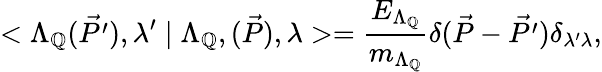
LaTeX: <\Lambda_{\mathbb{Q}}(\vec{{P^{\prime}}}),{\lambda}^{\prime}\mid\Lambda_{\mathbb{Q}},(\vec{{P}}),{\lambda}>=\frac{{E_{\Lambda_{\mathbb{Q}}}}}{{m_{\Lambda_{\mathbb{Q}}}}}\delta(\vec{{P}}-\vec{{P^{\prime}}})\delta_{\lambda{'}\lambda},